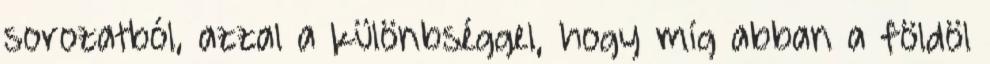
sorozatból, azzal a különbséggel, hogy míg abban a földöl